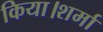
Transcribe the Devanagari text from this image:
किया।शर्मा